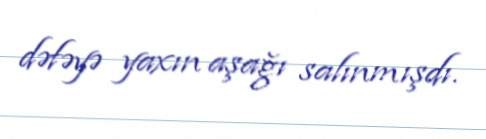
dəfəyə yaxın aşağı salınmışdı.